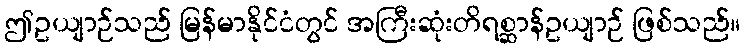
ဤဥယျာဉ်သည် မြန်မာနိုင်ငံတွင် အကြီးဆုံးတိရစ္ဆာန်ဥယျာဉ် ဖြစ်သည်။